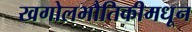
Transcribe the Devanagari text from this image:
खगोलभौतिकीमधून